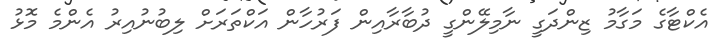
އެކްޓާގެ މަގާމު ޒިންދަގީ ނާމިލޭންގީ ދުބާރާއިން ފަރުހާން އަކްތަރަށް ލިބުނުއިރު އެންމެ މޮޅު